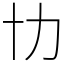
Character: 㔹